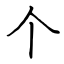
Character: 个